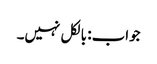
جواب: بالکل نہیں۔